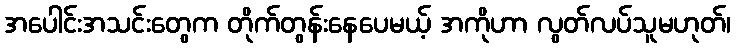
အပေါင်းအသင်းတွေက တိုက်တွန်းနေပေမယ့် အကိုဟာ လွတ်လပ်သူမဟုတ်၊